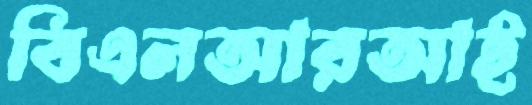
বিএলআরআই